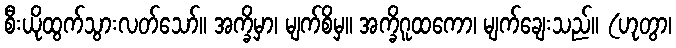
စီးယိုထွက်သွားလတ်သော်။ အက္ခိမှာ၊ မျက်စိမှ။ အက္ခိဂူထကော၊ မျက်ချေးသည်။ (ဟုတွာ၊